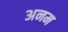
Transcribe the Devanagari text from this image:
अनम